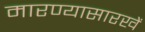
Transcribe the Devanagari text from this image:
मारण्यासारखें